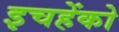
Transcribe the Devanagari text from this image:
इचहेंको